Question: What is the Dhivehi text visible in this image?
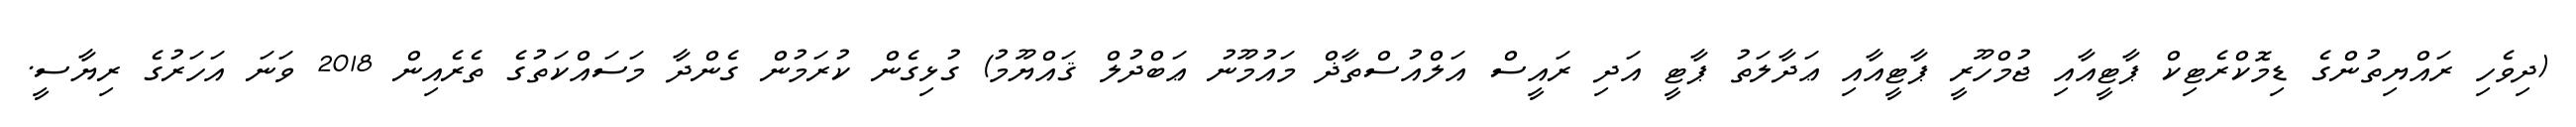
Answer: (ދިވެހި ރައްޔިތުންގެ ޑިމޮކްރެޓިކް ޕާޓީއާއި ޖުމްހޫރީ ޕާޓީއާއި ޢަދާލަތު ޕާޓީ އަދި ރައީސް އަލްއުސްތާޛް މައުމޫނު ޢަބްދުލް ޤައްޔޫމު) ގުޅިގެން ކުރަމުން ގެންދާ މަސައްކަތުގެ ތެރެއިން 2018 ވަނަ އަހަރުގެ ރިޔާސީ.